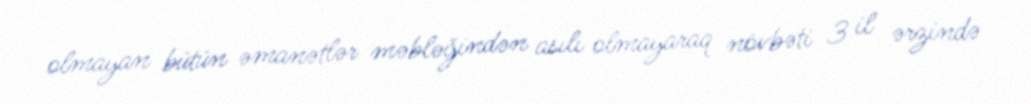
olmayan bütün əmanətlər məbləğindən asılı olmayaraq növbəti 3 il ərzində